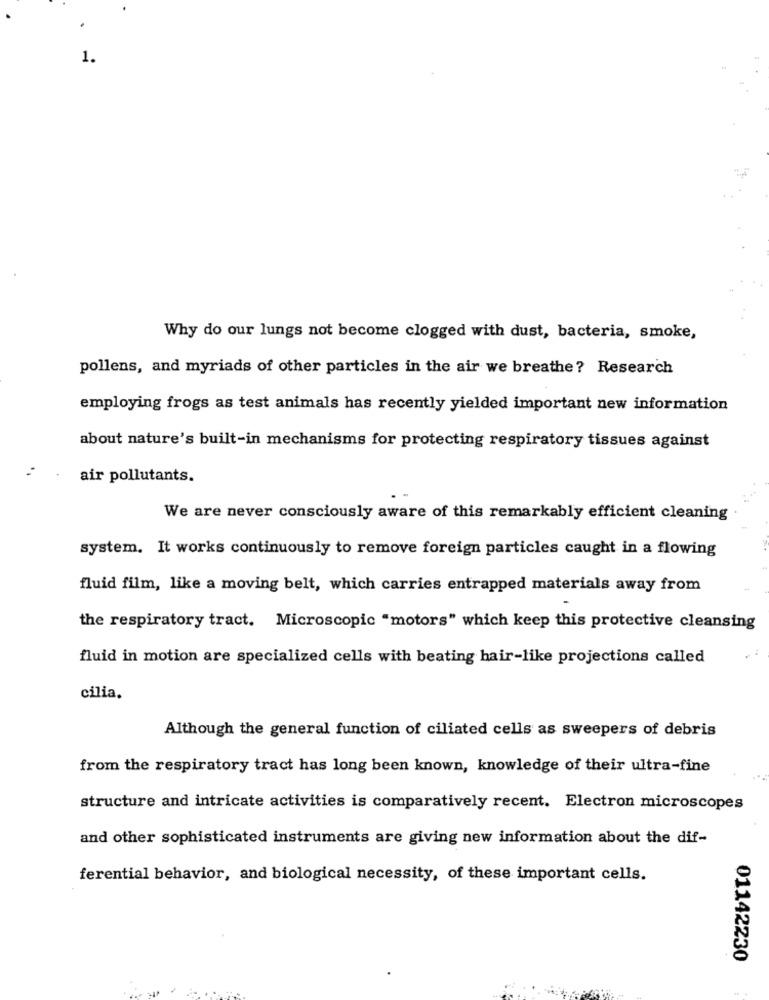
1.
Why do our lungs not become clogged with dust, bacteria, smoke,
pollens, and myriads of other particles in the air we breathe? Research
employing frogs as test animals has recently yielded important new information
about nature's built-in mechanisms for protecting respiratory tissues against
air pollutants.
We are never consciously aware of this remarkably efficient cleaning
system. It works continuously to remove foreign particles caught in a flowing
fluid film, like a moving belt, which carries entrapped materials away from
the respiratory tract. Microscopic "motors" which keep this protective cleansing
fluid in motion are specialized cells with beating hair-like projections called
cilia.
Although the general function of ciliated cells as sweepers of debris
from the respiratory tract has long been known, knowledge of their ultra-fine
structure and intricate activities is comparatively recent. Electron microscopes
and other sophisticated instruments are giving new information about the dif-
ferential behavior, and biological necessity, of these important cells.
01142230